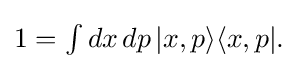
{\textstyle 1=\int dx\,dp\,|x,p\rangle \langle x,p|.}